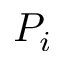
P _ { i }